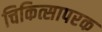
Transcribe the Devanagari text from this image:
चिकित्सापरक